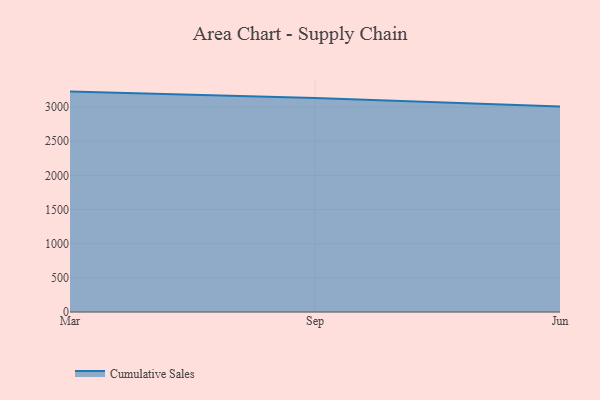
{"axis": {"x": "Month", "y": "Budget (USD K)"}, "legend": ["Cumulative Sales"], "data": [{"x": "Mar", "y": 3227.5, "type": "Cumulative Sales"}, {"x": "Sep", "y": 3134.7, "type": "Cumulative Sales"}, {"x": "Jun", "y": 3009.8, "type": "Cumulative Sales"}]}